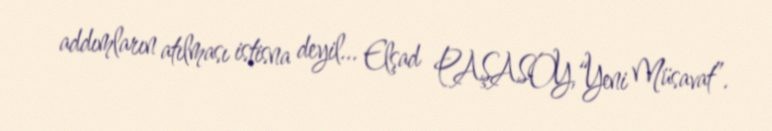
addımların atılması istisna deyil... Elşad PAŞASOY,“Yeni Müsavat”.